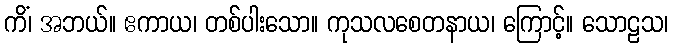
ကိံ၊ အဘယ်။ ဧကာယ၊ တစ်ပါးသော။ ကုသလစေတနာယ၊ ကြောင့်။ သောဠသ၊